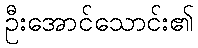
ဦးအောင်သောင်း၏